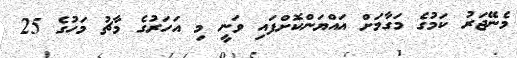
މެނޭޖަރު ކަމުގެ މަގާމަށް އައްޔަންކޮށްފައި ވަނީ މި އަހަރުގެ މާޗު މަހުގެ 25